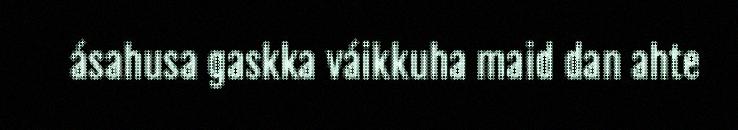
ásahusa gaskka váikkuha maid dan ahte